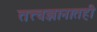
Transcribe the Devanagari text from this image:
तत्त्वज्ञानातही